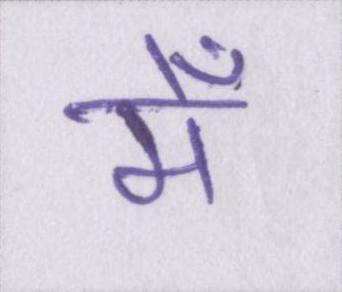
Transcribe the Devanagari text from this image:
मेँ